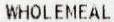
WHOLEMEAL